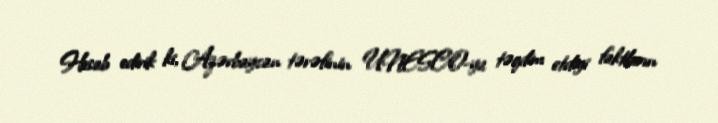
Hesab edirik ki, Azərbaycan tərəfinin UNESCO-ya təqdim etdiyi faktların